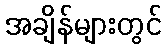
အချိန်များတွင်